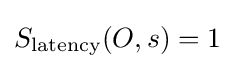
S_{\text{latency}}(O,s)=1